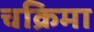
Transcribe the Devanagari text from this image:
चक्रिमा